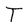
Character: T